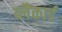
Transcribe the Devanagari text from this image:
ब्लैंकार्ड